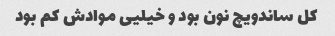
کل ساندویچ نون بود و خیلیی موادش کم بود